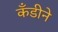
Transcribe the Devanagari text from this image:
कँडीने